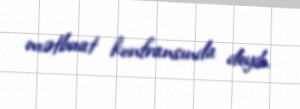
mətbuat konfransında deyib.